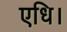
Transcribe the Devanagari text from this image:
एधि।